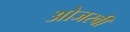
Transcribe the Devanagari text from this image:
ओजस्‍वी